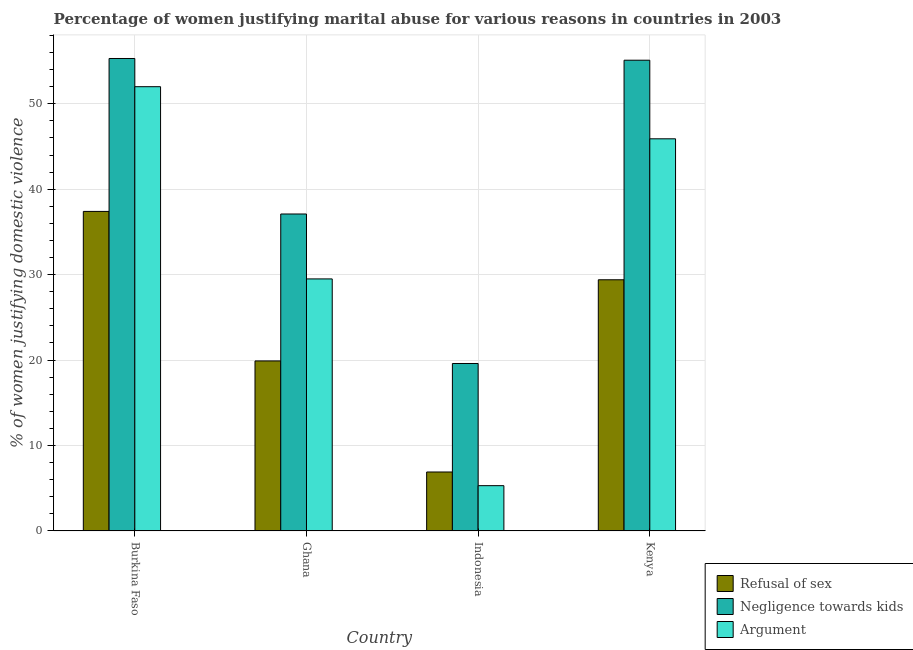
| Country | Refusal of sex | Negligence towards kids | Argument |
 | --- | --- | --- | --- |
 | Burkina Faso | 37.4 | 55.3 | 52 |
 | Ghana | 19.9 | 37.1 | 29.5 |
 | Indonesia | 6.9 | 19.6 | 5.3 |
 | Kenya | 29.4 | 55.1 | 45.9 |